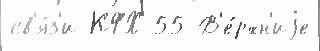
св'я́з'и КФХ 55 В'е́рхн'иjе